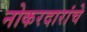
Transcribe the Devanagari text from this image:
नोकरदारांचे